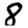
Digit: 8